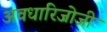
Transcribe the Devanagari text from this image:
अवधारिजोजी